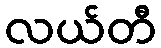
လယ်တီ